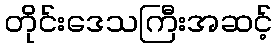
တိုင်းဒေသကြီးအဆင့်